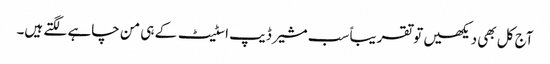
آج کل بھی دیکھیں تو تقریباً سب مشیر ڈیپ اسٹیٹ کے ہی من چاہے لگتے ہیں۔